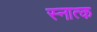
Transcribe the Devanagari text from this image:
स्नात्क